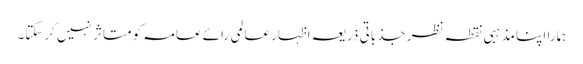
ہمارا اپنا مذہبی نقطہ نظر جذباتی ذریعہ اظہار عالمی رائے عامہ کو متاثر نہیں کرسکتا۔